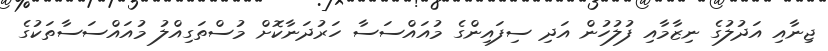
ޖިނާއި އަދުލުގެ ނިޒާމާއި ފުލުހުން އަދި ސިފައިންގެ މުއައްސަސާ ހަރުދަނާކޮށް މުސްތަގިއްލު މުއައްސަސާތަކުގެ